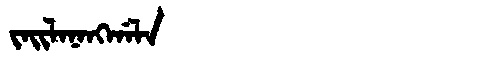
Manchu: ᠵᠠᡳᠯᠠᠨᠠᠩᡤᠠᠯᠠ
Romanization: JAILANANGGALA